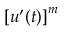
{ [ u ^ { \prime } ( t ) ] } ^ { m }